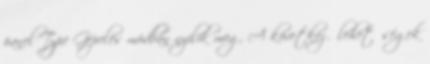
panel Type Gépelés módban nyílik meg. A következő lehetőségek